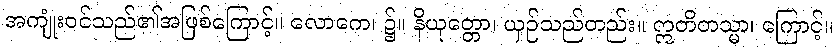
အကျုံးဝင်သည်၏အဖြစ်ကြောင့်။ လောကေ၊ ၌။ နိယုတ္တော၊ ယှဉ်သည်တည်း။ ဣတိတသ္မာ၊ ကြောင့်။